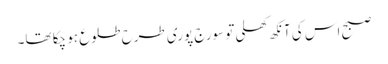
صبح اس کی آنکھ کھلی تو سورج پوری طرح طلوع ہو چکا تھا۔